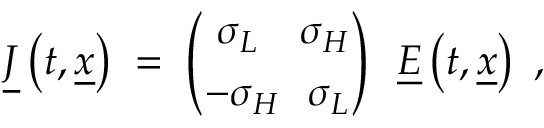
\underline { { { J } } } \left( t , \underline { { { x } } } \right) \; = \; { \binom { ~ \sigma _ { L } ~ ~ ~ \sigma _ { H } } { - \sigma _ { H } ~ ~ \sigma _ { L } } } ~ ~ \underline { { { E } } } \left( t , \underline { { { x } } } \right) ~ ,